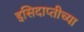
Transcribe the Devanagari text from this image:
इसिदाप्तीच्या